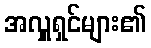
အလှူရှင်များ၏